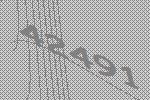
42491